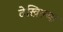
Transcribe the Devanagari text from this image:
देखिल्या